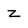
Character: Z